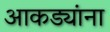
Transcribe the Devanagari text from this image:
आकड्यांना